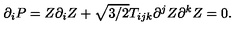
\partial _ { i } P = Z \partial _ { i } Z + \sqrt { 3 / 2 } T _ { i j k } \partial ^ { j } Z \partial ^ { k } Z = 0 .